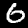
Digit: 6